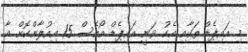
މި އައިޕެޑް ތަކާއި އެކު ވަނީ އައިޕެޑް އޯއެސް 15 އިއުލާންކޮށް އާ